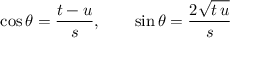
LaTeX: \cos \theta = \frac { t - u } { s } , \qquad \sin \theta = \frac { 2 \sqrt { t \, u } } { s }